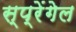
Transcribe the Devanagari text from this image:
स्प्रेंगेल